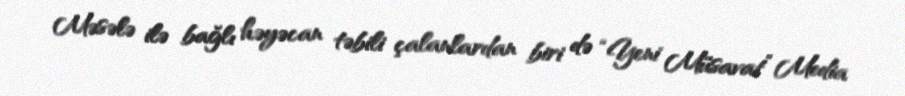
Məsələ ilə bağlı həyəcan təbili çalanlardan biri də “Yeni Müsavat” Media